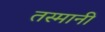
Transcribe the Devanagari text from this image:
तस्मानी